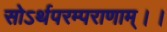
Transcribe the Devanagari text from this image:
सोऽर्थपरम्पराणाम्।।